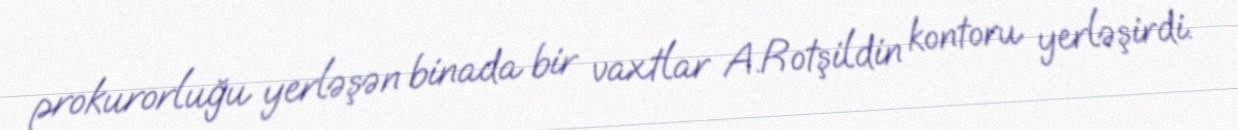
prokurorluğu yerləşən binada bir vaxtlar A.Rotşildin kontoru yerləşirdi.